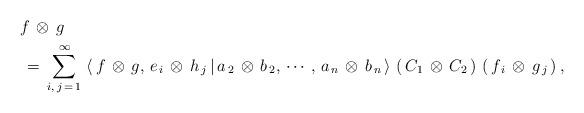
LaTeX: \begin{align*}&f \,\otimes\, g \\&\,=\, \sum\limits_{i,\, j \,=\, 1}^{\,\infty}\,\left<\,f \,\otimes\, g,\, e_{\,i} \,\otimes\, h_{\,j} \,|\, a_{\,2} \,\otimes\, b_{\,2}, \,\cdots,\, a_{\,n} \,\otimes\, b_{\,n}\,\right>\,\left(\,C_{1} \,\otimes\, C_{2}\,\right)\,\left(\,f_{\,i} \,\otimes\, g_{\,j}\,\right),\end{align*}